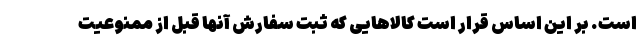
است. بر این اساس قرار است کالاهایی که ثبت سفارش آنها قبل از ممنوعیت